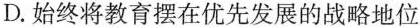
D.始终将教育摆在优先发展的战略地位